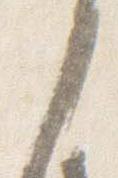
之